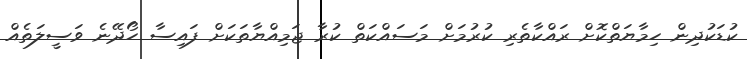
ކުޑަކުދިން ހިމާޔަތްކޮށް ރައްކާތެރި ކުރުމަށް މަސައްކަތް ކުރާ ޖަމިއްޔާތަކަށް ފައިސާ ހޯދޭނެ ވަސީލަތެއް